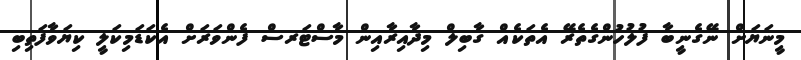
މީނަޔަށް ނޭގެނީބާ ފުލުހުންގެތެރޭ އެތަކެއް ގާބިލް މިދާއިރާއިން މާސްޓަރސް ފެންވަރަށް އެކަޑަމިކަލީ ކިޔަވާފަތިބި